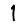
Digit: 1